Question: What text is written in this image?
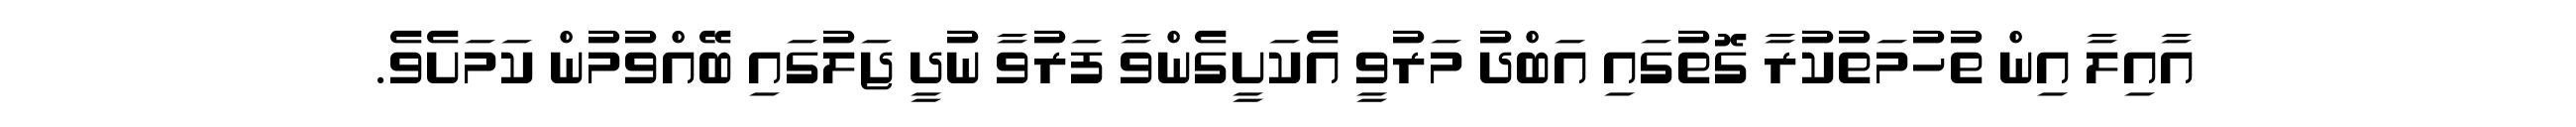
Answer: އާއިލާ އިން ތުހުމަތުކުރާ ގޮތުގައި އަބްދު މަރުވީ އެކަށީގެންވާ ފަރުވާ ނުދީ ޖަލުގައި ބޭއްވުމުން ކަމަށެވެ.